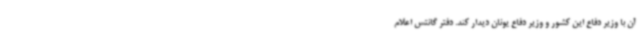
آن با وزیر دفاع این کشور و وزیر دفاع یونان دیدار کند. دفتر گانتس اعلام